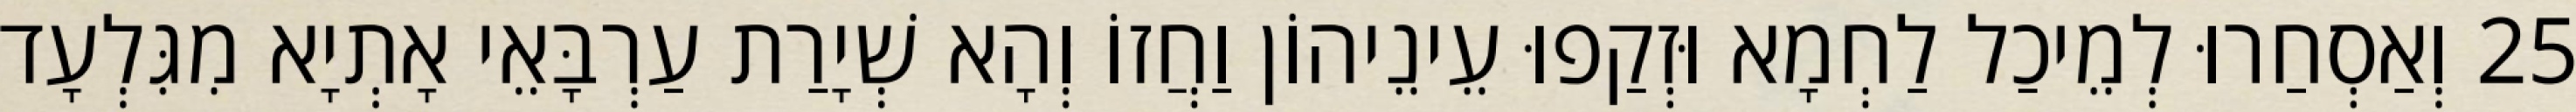
25 וְאַסְחַרוּ לְמֵיכַל לַחְמָא וּזְקַפוּ עֵינֵיהוֹן וַחֲזוֹ וְהָא שְׁיָרַת עַרְבָּאֵי אָתְיָא מִגִּלְעָד